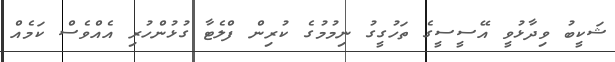
ޝަކީބު ވިދާޅުވީ އޭސީސީގެ ތަހުގީގު ނިމުމުގެ ކުރިން ފްލެޓާ ގުޅުންހުރި އެއްވެސް ކަމެއް